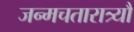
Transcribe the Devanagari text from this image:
जन्मचतारात्र्यौ